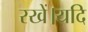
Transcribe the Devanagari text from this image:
रखें।यदि